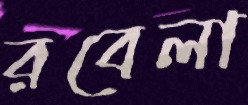
রবেলা